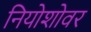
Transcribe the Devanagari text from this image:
नियोशोवर